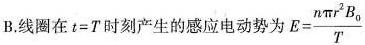
B.线圈在 $$t = T$$ 时刻产生的感应电动势为 $$E = \frac { n π r ^ { 2 } B _ { 0 } } { T }$$